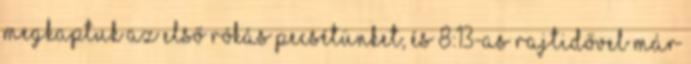
Megkaptuk az első rókás pecsétünket, és 8:13-as rajtidővel már